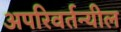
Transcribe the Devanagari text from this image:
अपरिवर्तन्यील